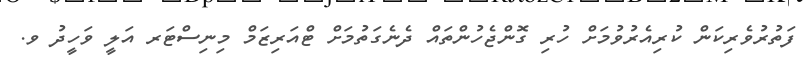
ފަތުރުވެރިކަން ކުރިއެރުވުމަށް ހުރި ގޮންޖެހުންތައް ދެނެގަތުމަށް ޓްއަރިޒަމް މިނިސްޓަރ އަލީ ވަހީދު ވ.